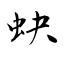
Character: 蚗